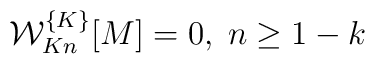
{\cal W}_{Kn}^{\{K\}}[M]=0, \; n\geq1-k